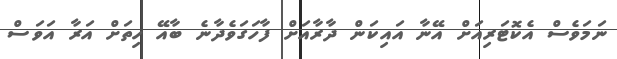
ނަމަވެސް އެކޮޓަރިއަށް އޭނާ އައިކަން ދާރާއަށް ފާހަގަވެދާނެ ބާއޭ ހިތަށް އަރާ އަވަސް